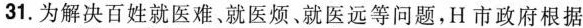
31.为解决百姓就医难、就医烦、就医远等问题，H市政府根据